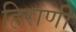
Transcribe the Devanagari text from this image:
हिराणी